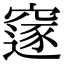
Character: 䆳